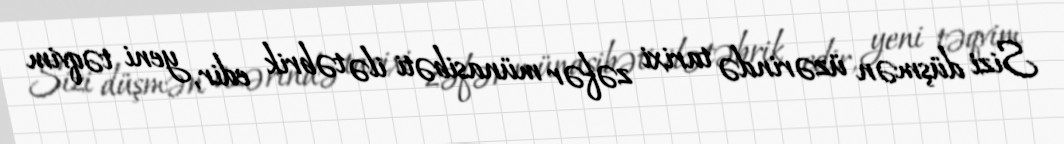
Sizi düşmən üzərində tarixi zəfər münasibəti ilə təbrik edir, yeni təqvim